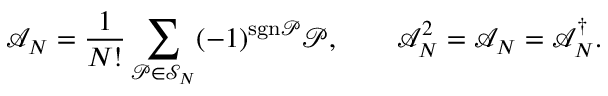
\mathcal { A } _ { N } = \frac { 1 } { N ! } \sum _ { \mathcal { P } \in \mathcal { S } _ { N } } ( - 1 ) ^ { \mathrm { s g n } \mathcal { P } } \mathcal { P } , \qquad \mathcal { A } _ { N } ^ { 2 } = \mathcal { A } _ { N } = \mathcal { A } _ { N } ^ { \dagger } .